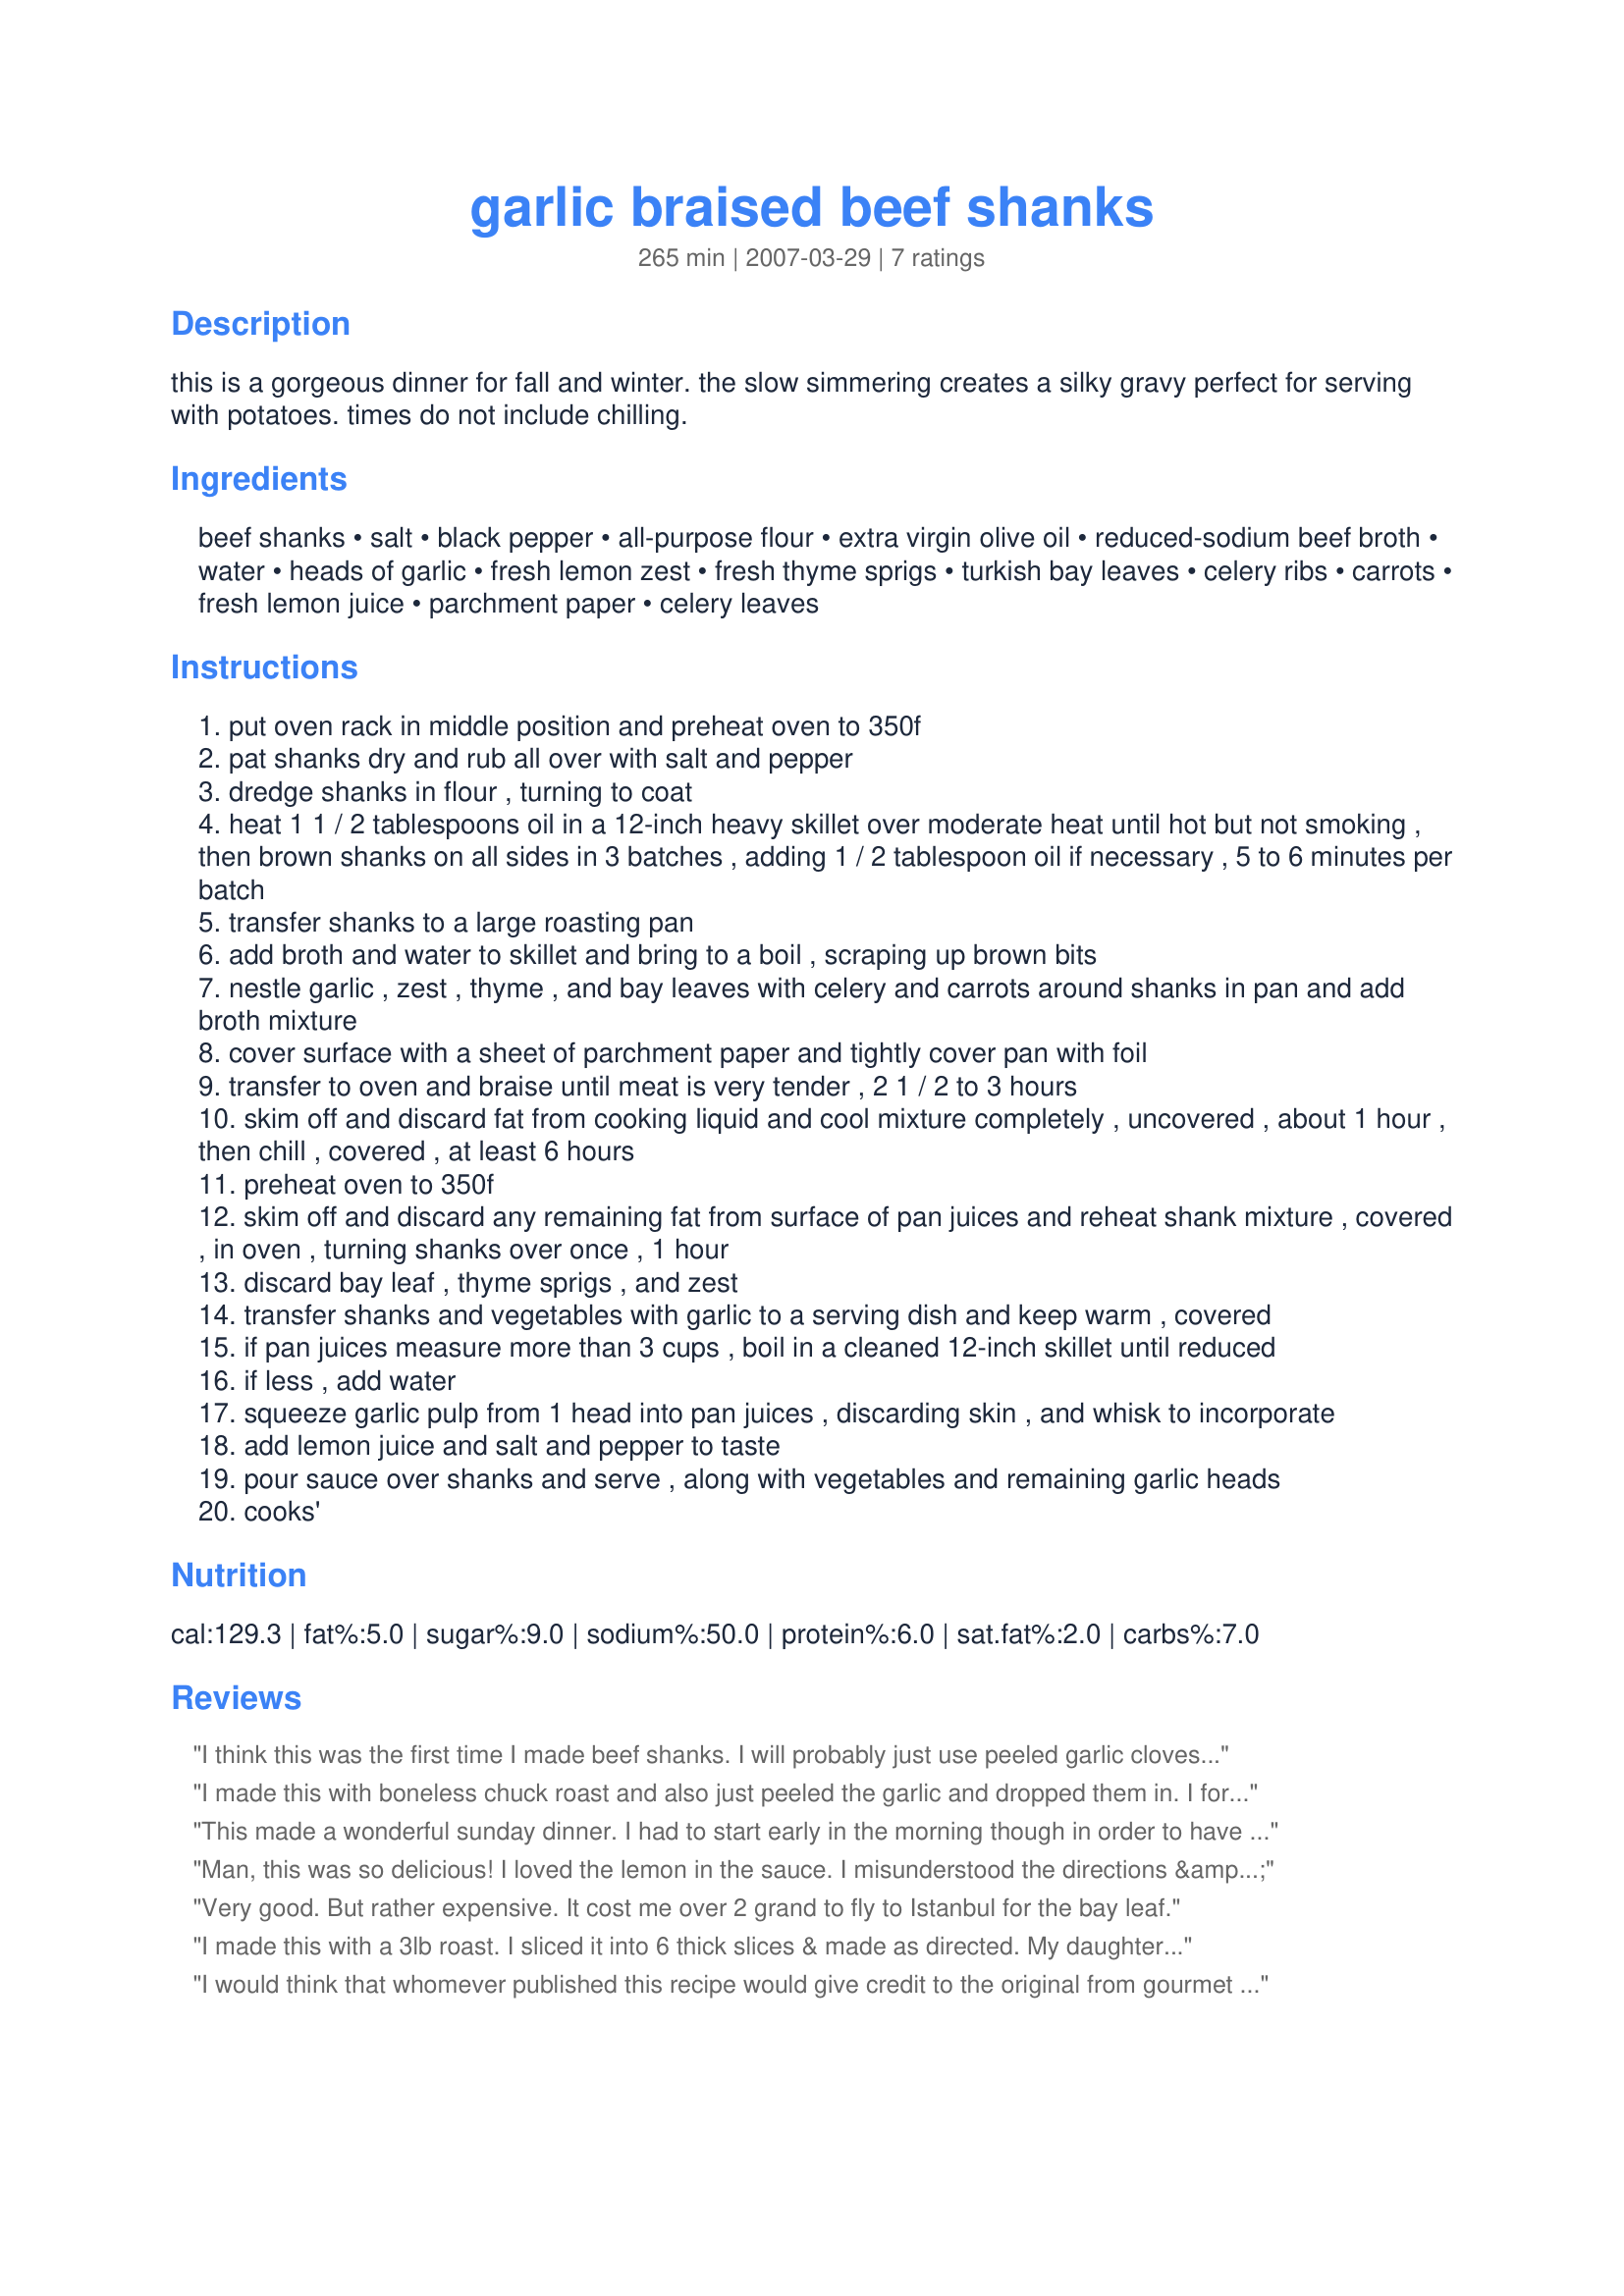
garlic braised beef shanks
Preparation time: 265 minutes

this is a gorgeous dinner for fall and winter. the slow simmering creates a silky gravy perfect for serving with potatoes. times do not include chilling.

Ingredients:
beef shanks, salt, black pepper, all-purpose flour, extra virgin olive oil, reduced-sodium beef broth, water, heads of garlic, fresh lemon zest, fresh thyme sprigs, turkish bay leaves, celery ribs, carrots, fresh lemon juice, parchment paper, celery leaves

Steps:
put oven rack in middle position and preheat oven to 350f
pat shanks dry and rub all over with salt and pepper
dredge shanks in flour , turning to coat
heat 1 1 / 2 tablespoons oil in a 12-inch heavy skillet over moderate heat until hot but not smoking , then brown shanks on all sides in 3 batches , adding 1 / 2 tablespoon oil if necessary , 5 to 6 minutes per batch
transfer shanks to a large roasting pan
add broth and water to skillet and bring to a boil , scraping up brown bits
nestle garlic , zest , thyme , and bay leaves with celery and carrots around shanks in pan and add broth mixture
cover surface with a sheet of parchment paper and tightly cover pan with foil
transfer to oven and braise until meat is very tender , 2 1 / 2 to 3 hours
skim off and discard fat from cooking liquid and cool mixture completely , uncovered , about 1 hour , then chill , covered , at least 6 hours
preheat oven to 350f
skim off and discard any remaining fat from surface of pan juices and reheat shank mixture , covered , in oven , turning shanks over once , 1 hour
discard bay leaf , thyme sprigs , and zest
transfer shanks and vegetables with garlic to a serving dish and keep warm , covered
if pan juices measure more than 3 cups , boil in a cleaned 12-inch skillet until reduced
if less , add water
squeeze garlic pulp from 1 head into pan juices , discarding skin , and whisk to incorporate
add lemon juice and salt and pepper to taste
pour sauce over shanks and serve , along with vegetables and remaining garlic heads
cooks'

Reviews:
I think this was the first time I made beef shanks. I will probably just use peeled garlic cloves next time, as the garlic heads fell apart and were a bit hard to find. I did not have enough gravy at the end of braising (even though I used parchment paper, foil, and a lid), so my gravy was a little less flavorful then I wanted - but I enhanced it with a 1/2 cup of red wine, and it worked quite well. I served with mashed potatoes and brussell sprouts.
I made this with boneless chuck roast and also just peeled the garlic and dropped them in. 
I forgot to add the 2 cups of water, but in 3 hours I had a wonderfully tender roast with veggies and a nice glaze from the fat of the meat. This is melt in your mouth delicious! When I make this again (with shanks AND the water) I will try it with the lemon glaze as I'm sure that is outstanding also. I didn't have enough juice this time to make the sauce due to my error. Thanks Annacia, for another great recipe. :)
This made a wonderful sunday dinner. I had to start early in the morning though in order to have it ready for dinner. Very easy and the meat was tender and delicious! Thanks for posting.
Man, this was so delicious! I loved the lemon in the sauce. I misunderstood the directions & peeled all the garlic. I just served the soft garlic in with the veggies. I scooped out about a head worth of garlic & mashed it up to a puree consistency & then whisked it in the sauce. I will definitely make this again.
Very good. But rather expensive. It cost me over 2 grand to fly to Istanbul for the bay leaf.
I made this with a 3lb roast. I sliced it into 6 thick slices & made as directed. My daughter who hates roast even liked this one. Thanks Annacia for a great recipe. Made for 123 HITS
I would think that whomever published this recipe would give credit to the original from gourmet magazine of 2007
